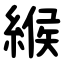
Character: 緱